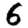
Digit: 6